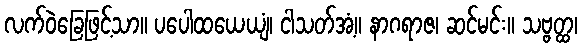
လက်ဝဲခြေဖြင့်သာ။ ပပေါထယေယျံ၊ ငါသတ်အံ့။ နာဂရာဇ၊ ဆင်မင်း။ သဗ္ဗတ္ထ၊